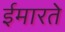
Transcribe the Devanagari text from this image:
ईमारते